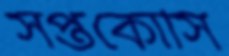
সপ্তকোসি